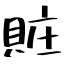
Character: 賍